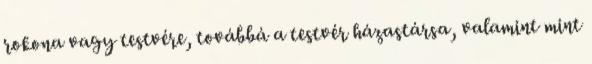
rokona vagy testvére, továbbá a testvér házastársa, valamint mint